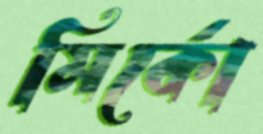
মির্কো